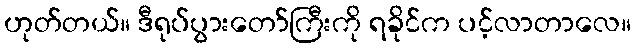
ဟုတ်တယ်။ ဒီရုပ်ပွားတော်ကြီးကို ရခိုင်က ပင့်လာတာလေ။